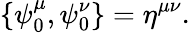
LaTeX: \{ \psi_{0}^{\mu},\psi_{0}^{\nu}\} =\eta^{\mu\nu}.